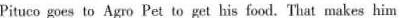
Pituco goes to Agro Pet to get his food. That makes him